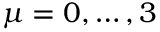
\mu = 0 , \dots , 3